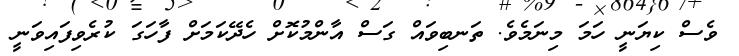
ވެސް ކިޔަނީ ހަމަ މިނަމެވެ. ތަނބިވައް ގަސް އާންމުކޮށް ހެދޭކަމަށް ފާހަގަ ކުރެވިފައިވަނީ